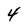
Character: 4